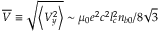
\overline { { V } } \equiv \sqrt { \left\langle V _ { y } ^ { 2 } \right\rangle } \sim \mu _ { 0 } e ^ { 2 } c ^ { 2 } l _ { c } ^ { 2 } n _ { b 0 } / 8 \sqrt { 3 }